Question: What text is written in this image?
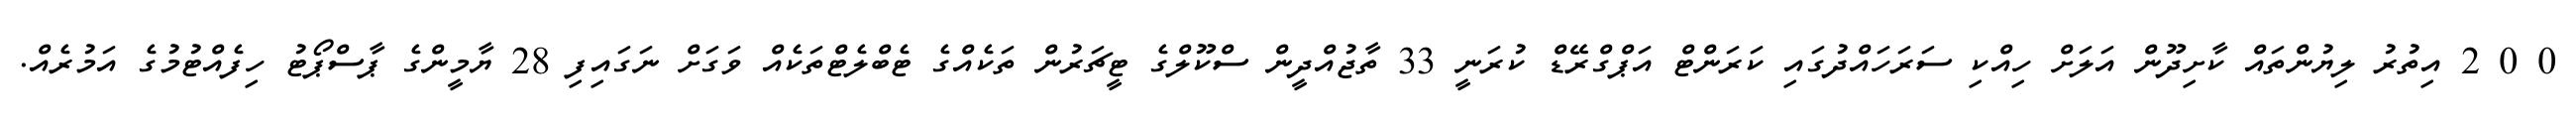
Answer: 0 0 2 އިތުރު ލިޔުންތައް ކާށިދޫން އަލަށް ހިއްކި ސަރަހައްދުގައި ކަރަންޓް އަޕްގްރޭޑް ކުރަނީ 33 ތާޖުއްދީން ސްކޫލްގެ ޓީޗަރުން ތަކެއްގެ ޓެބްލެޓްތަކެއް ވަގަށް ނަގައިފި 28 ޔާމީންގެ ޕާސްޕޯޓު ހިފެއްޓުމުގެ އަމުރެއް.